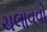
ચલાવવો